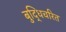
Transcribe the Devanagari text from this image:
बुद्धिचरित